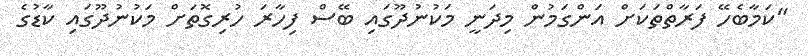
"ކަމާބެހޭ ފަރާތްތަކަށް އަންގަމުން މިދަނީ މަކުނުދޫގައި ބޭސް ފިހާރަ ހުރިގޮތަށް މަކުނުދޫގައި ކާޑުގެ